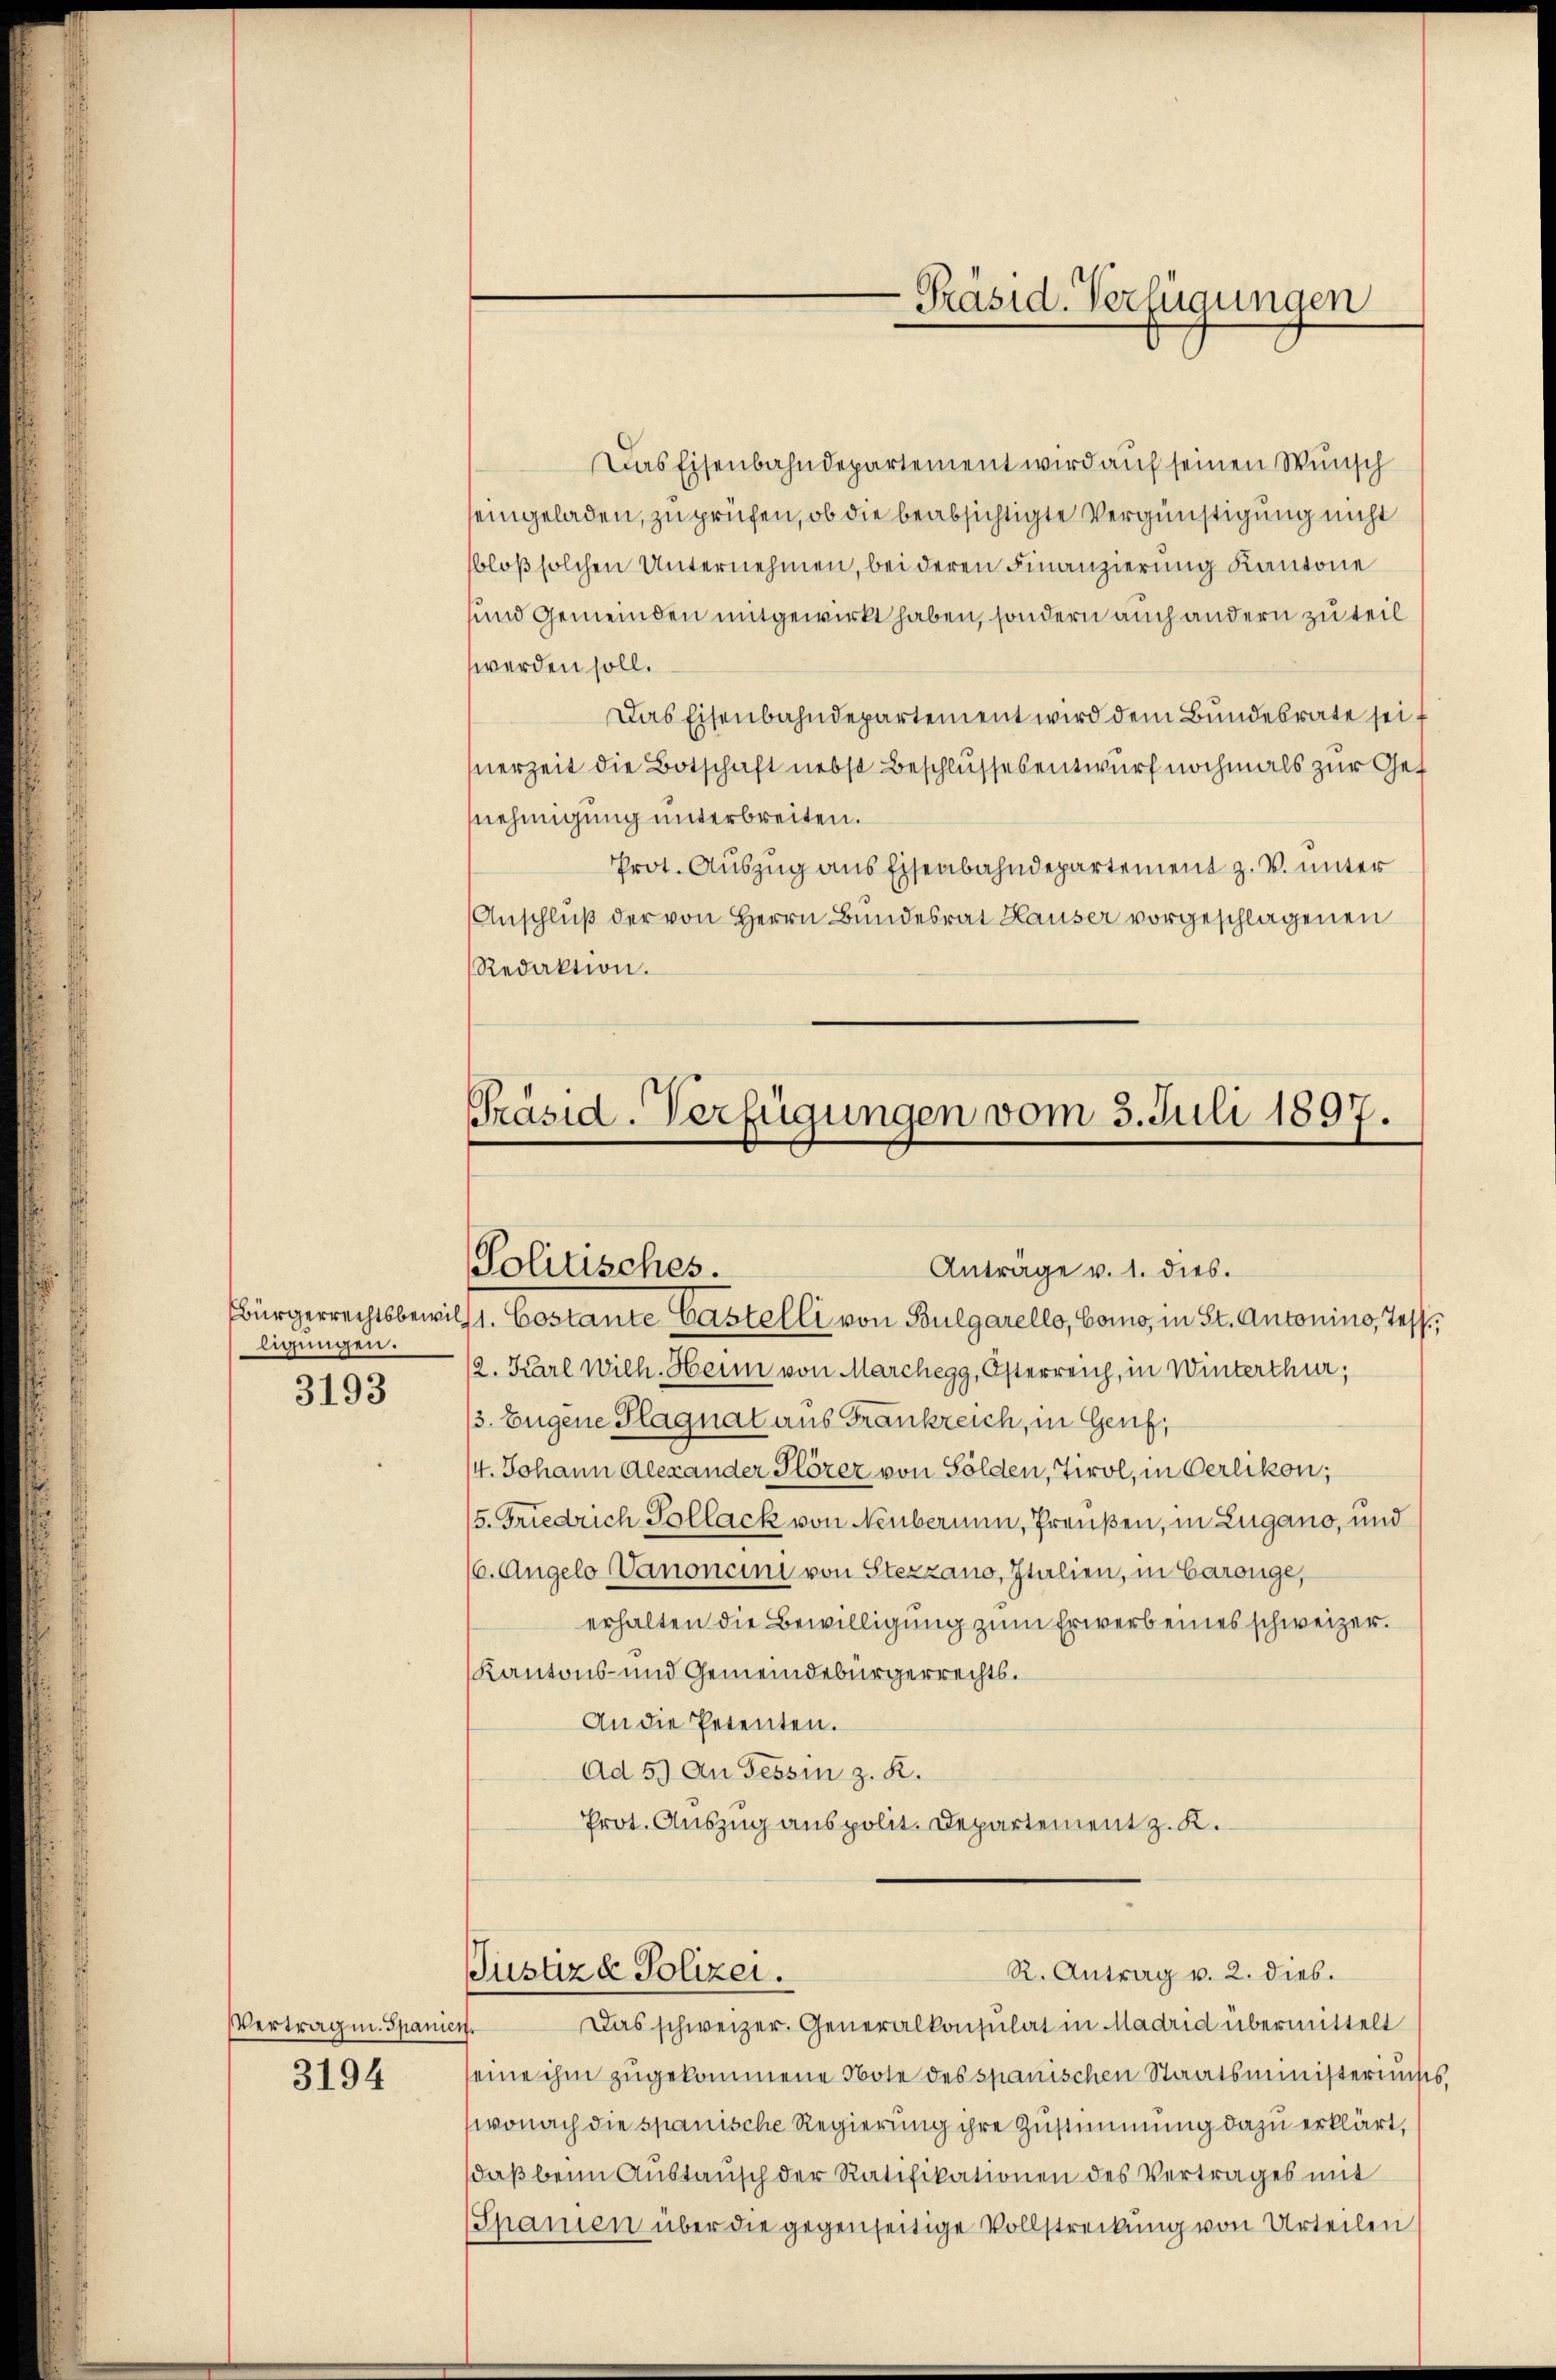
ligungen.

3193

Das Eisenbahndepartement wird auf seinen Wunsch
seingeladen, zu prüfen, ob die beabsichtigte Vergünstigung nicht
bloß solchen Unternehmen, bei deren Finanzierung Kantone
sund Gemeinden mitgewirkt haben, sondern auch andern zu teil
werden soll.
Das Eisenbahndepartement wird dem Bundesrate seit
nerzeit die Botschaft nebst Beschlussesentwurf nochmals zur Gef
nehmigung unterbreiten.
Prot. Auszug aus Eisenbahndepartement z. V. unter
Anschluß der von Herrn Bundesrat Hauser vorgeschlagenen
Redaktion.

VVertragen. Spanis
3194

Bürgerrechtsbewill. Costante Castelli von Bulgarello, Como, in St. Antonino, Tess

2. Karl Wilh. Heim von Marchegg, Österreich, in Winterthur;
3. Eugene Plagnat aus Frankreich, in Genf,
/4. Johann Alexander Plörer von Sölden, Tirol, in Oerlikon;
5. Friedrich Pollack von Neuberium, Preußen, in Lugano, und
6. Augelo Vanoncini von Stezzano, Italien, in Carouge,
erhalten die Bewilligung zum Erwerb eines schweizer.
Kantons- und Gemeindebürgerrechts.
An die Petenten.
ad 5. An Tessin z. R.
Prot. Auszug aus polit. Departement z. K.

-Präsid. Verfügungen

Präsid. Verfügungen vom 3. Juli 1897.
Politisches.
Anträge v. 1. dies.

R. Antrag v. 2. dies.
Justiz & Polizei.

Das schweizer. Generalkonsulat in Madrid übermittelt
24.
eine ihm zugekommene Note des spanischen Staatsministeriuss.
wonach die spanische Regierung ihre Zustimmung dazu erklärt,
daß beim Austausch der Ratifikationen des Vertrages mit
Spanien über die gegenseitige Vollstreckung von Urteilen